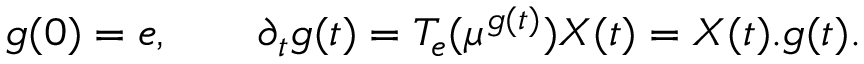
g ( 0 ) = e , \qquad \partial _ { t } g ( t ) = T _ { e } ( \mu ^ { g ( t ) } ) X ( t ) = X ( t ) . g ( t ) .